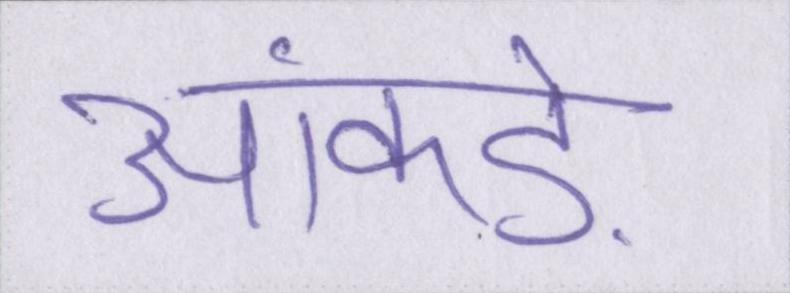
आंकड़े